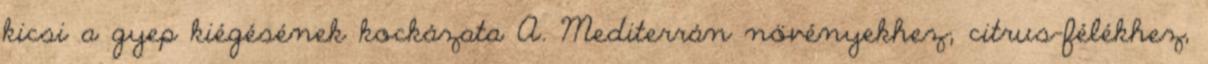
kicsi a gyep kiégésének kockázata A. Mediterrán növényekhez; citrus-félékhez,